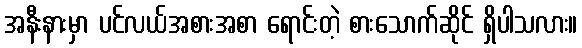
အနီးနားမှာ ပင်လယ်အစားအစာ ရောင်းတဲ့ စားသောက်ဆိုင် ရှိပါသလား။